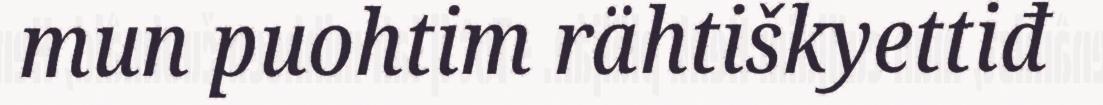
mun puohtim rähtiškyettiđ